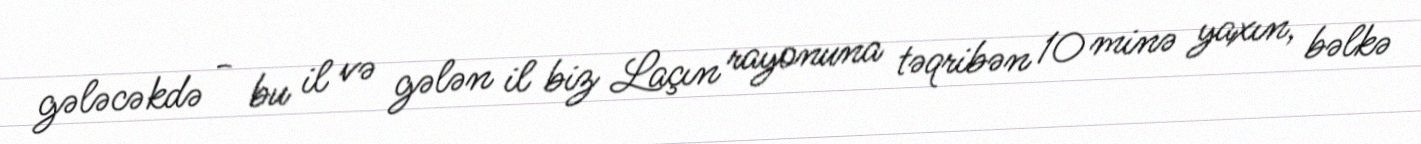
gələcəkdə - bu il və gələn il biz Laçın rayonuna təqribən 10 minə yaxın, bəlkə